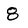
Character: 8